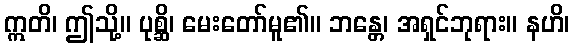
ဣတိ၊ ဤသို့။ ပုစ္ဆိ၊ မေးတော်မူ၏။ ဘန္တေ၊ အရှင်ဘုရား။ နဟိ၊